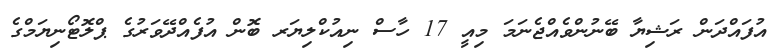
އުފައްދަން ރަޝިޔާ ބޭނުންވެއްޖެނަމަ މިއީ 17 ހާސް ނިއުކްލިޔަރ ބޮން އުފެއްދޭވަރުގެ ޕްލޮޓޯނިޔަމްގެ